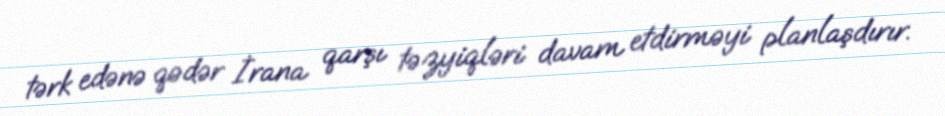
tərk edənə qədər İrana qarşı təzyiqləri davam etdirməyi planlaşdırır.